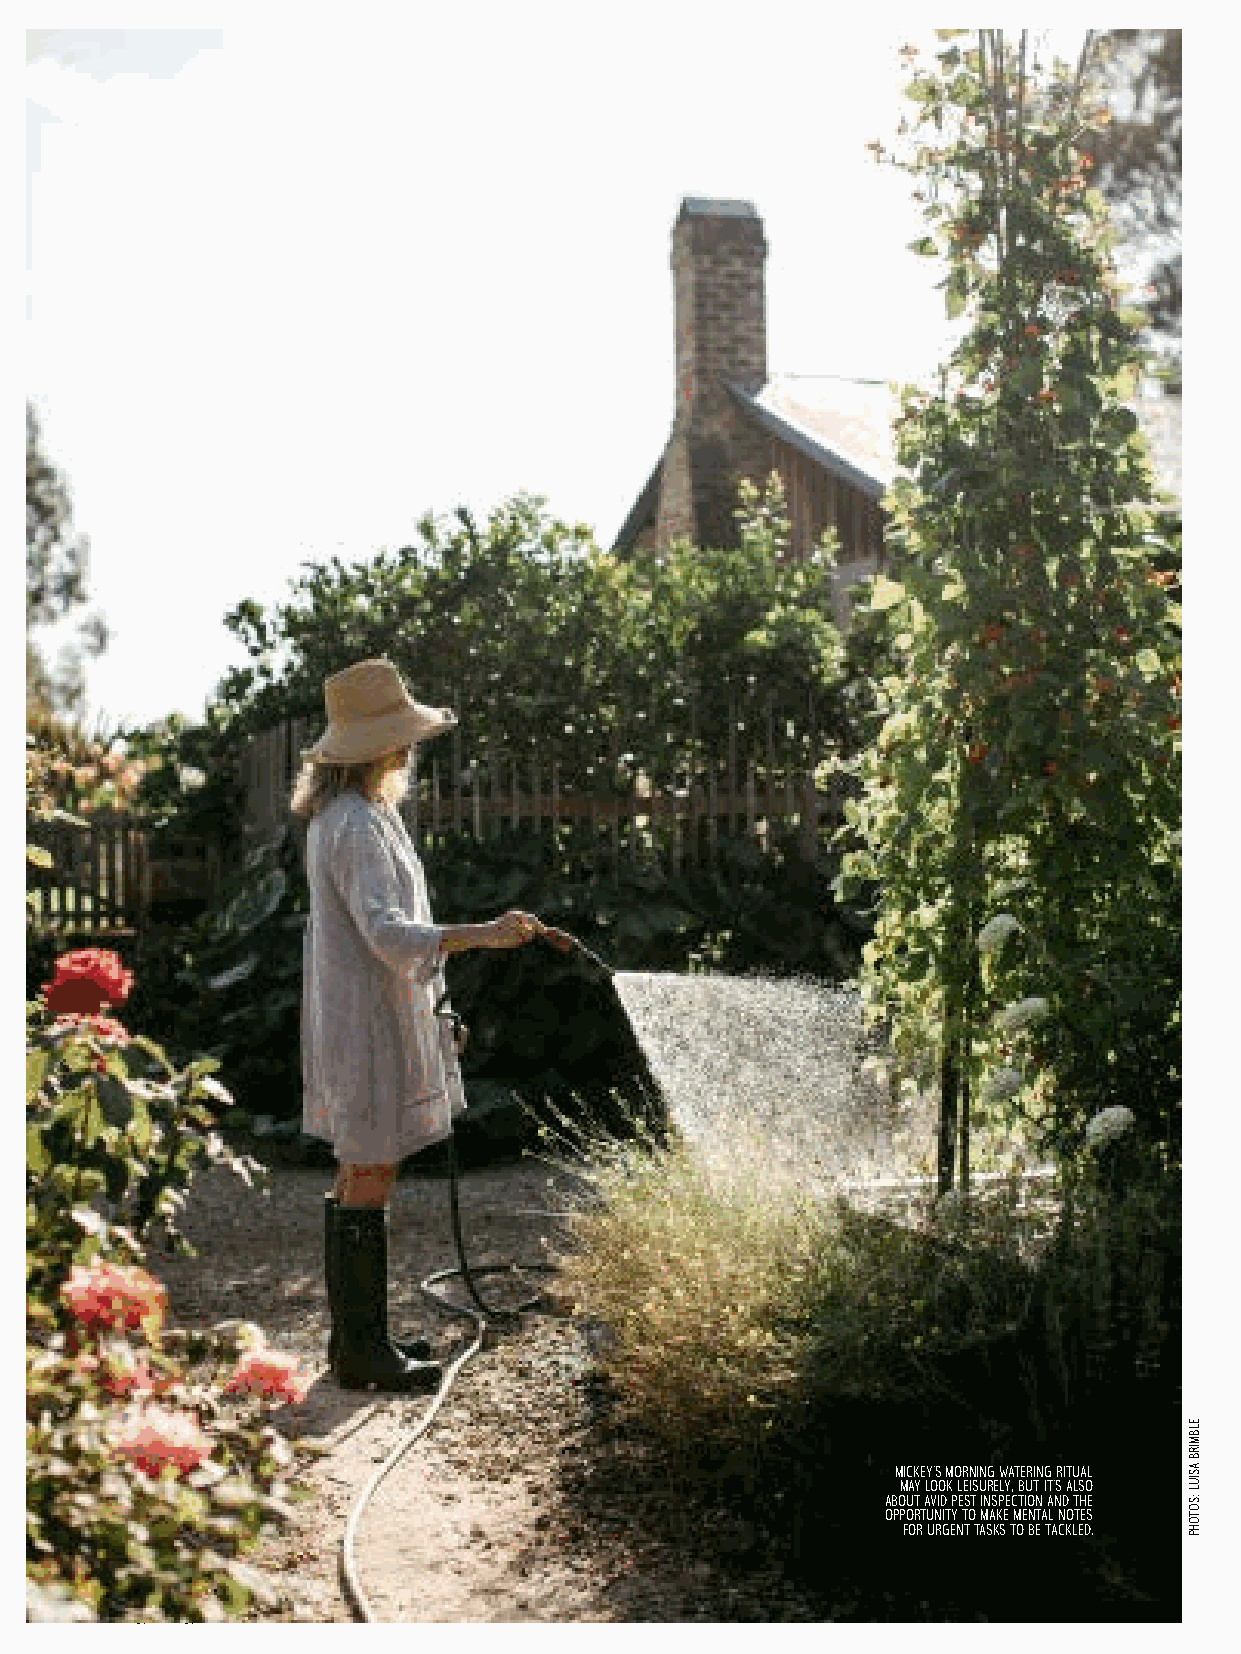
ORGANIC PROFILE
 40
 Mickey’s morning watering ritual
 may look leisurely, but it’s also
 about avid pest inspection and the
 opportunity to make mental notes
 for urgent tasks to be tackled.
 ELBMIRB
 ASIUL
 :SOTOHP